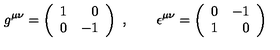
g ^ { \mu \nu } = \left( \begin{array} { r r } { 1 } & { 0 } \\ { 0 } & { - 1 } \\ \end{array} \right) \ , \qquad \epsilon ^ { \mu \nu } = \left( \begin{array} { r r } { 0 } & { - 1 } \\ { 1 } & { 0 } \\ \end{array} \right)